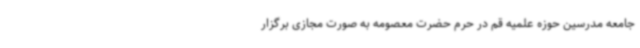
جامعه مدرسین حوزه علمیه قم در حرم حضرت معصومه به صورت مجازی برگزار